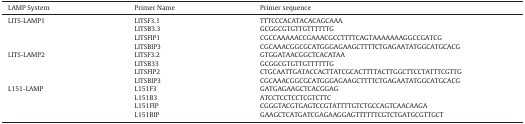
<table><thead><tr><td><b>LAMP System</b></td><td><b>Primer Name</b></td><td><b>Primer sequence</b></td></tr></thead><tbody><tr><td>LITS-LAMP1</td><td>LITSF3.1</td><td>TTTCCCACATACACAGCAAA</td></tr><tr><td>[EMPTY_CELL]</td><td>LITSB3.3</td><td>GCGGCGTGTTGTTTTTTG</td></tr><tr><td>[EMPTY_CELL]</td><td>LITSFIP1</td><td>CGCCAAAAACCGAAACGCCTTTTCAGTAAAAAAAGGCCGATCG</td></tr><tr><td>[EMPTY_CELL]</td><td>LITSBIP3</td><td>CGCAAACGGCGCATGGGAGAAGCTTTTCTGAGAATATGGCATGCACG</td></tr><tr><td>LITS-LAMP2</td><td>LITSF3.2</td><td>GTGGATAACGGCTCACATAA</td></tr><tr><td>[EMPTY_CELL]</td><td>LITSB33</td><td>GCGGCGTGTTGTTTTTTG</td></tr><tr><td>[EMPTY_CELL]</td><td>LITSFIP2</td><td>CTGCAATTGATACCACTTATCGCACTTTTACTTGGCTTCCTATTTCGTTG</td></tr><tr><td>[EMPTY_CELL]</td><td>LITSBIP3</td><td>CGCAAACGGCGCATGGGAGAAGCTTTTCTGAGAATATGGCATGCACG</td></tr><tr><td>L151-LAMP</td><td>L151F3</td><td>GATGAGAAGCTCACGGAG</td></tr><tr><td>[EMPTY_CELL]</td><td>L151B3</td><td>ATCCTCCTCCTCGTCTTC</td></tr><tr><td>[EMPTY_CELL]</td><td>L151FIP</td><td>CGGGTACGTGAGTCCGTATTTTGTCTGCCAGTCAACAAGA</td></tr><tr><td>[EMPTY_CELL]</td><td>L151BIP</td><td>GAAGCTCATGATCGAGAAGGAGTTTTTTCGTCTGATGCGTTGCT</td></tr></tbody></table>